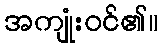
အကျုံးဝင်၏။